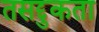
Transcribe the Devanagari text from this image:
तसद्दुकता